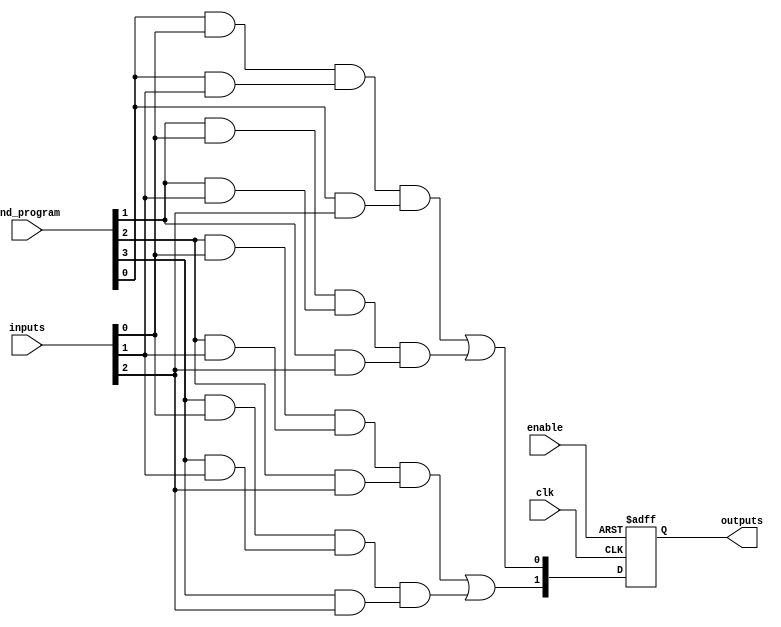
module FusedPAL (
    input wire [N-1:0] inputs,    // Inputs (N input lines)
    input wire [M-1:0] and_program, // Programming inputs to configure the AND array
    input wire clk,                // Clock signal
    input wire enable,             // Enable signal for operation
    output reg [P-1:0] outputs     // Outputs (P output lines)
);
    parameter N = 4;              // Number of input lines
    parameter M = 4;              // Number of AND gates
    parameter P = 2;              // Number of OR gates
    parameter AND_INPUTS = 3;     // Fixed number of inputs per AND gate

    // Intermediate signals for AND gate outputs
    wire [M-1:0] and_out;

    // Define each programmable AND gate
    genvar i;
    generate
        for (i = 0; i < M; i = i + 1) begin : and_gate
            wire [AND_INPUTS-1:0] and_inputs;
            
            // Connect inputs based on the program signal
            assign and_inputs[0] = (and_program[i] & inputs[0]); // Example programming
            assign and_inputs[1] = (and_program[i] & inputs[1]);
            assign and_inputs[2] = (and_program[i] & inputs[2]);
            // More complex logic can be added for more programmable connections

            // AND gate logic
            assign and_out[i] = and_inputs[0] & and_inputs[1] & and_inputs[2];
        end
    endgenerate

    // Fixed OR Logic - Example: 2 fixed OR gates combining outputs of AND gates
    always @(posedge clk or negedge enable) begin
        if (!enable) begin
            outputs <= 0; // Reset outputs when enable is low
        end else begin
            // Example OR gate logic
            outputs[0] <= and_out[0] | and_out[1]; // OR gate 1
            outputs[1] <= and_out[2] | and_out[3]; // OR gate 2
        end
    end

endmodule